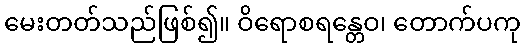
မေးတတ်သည်ဖြစ်၍။ ဝိရောစရန္တေဝ၊ တောက်ပကု